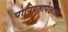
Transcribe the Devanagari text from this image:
पानिपतापेक्षाही